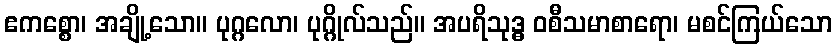
ဧကစ္စော၊ အချို့သော။ ပုဂ္ဂလော၊ ပုဂ္ဂိုလ်သည်။ အပရိသုဒ္ဓ ဝစီသမာစာရော၊ မစင်ကြယ်သော